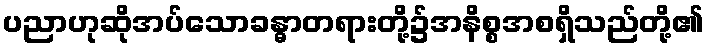
ပညာဟုဆိုအပ်သောခန္ဓာတရားတို့၌အနိစ္စအစရှိသည်တို့၏